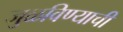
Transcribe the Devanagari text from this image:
जुळविण्याची